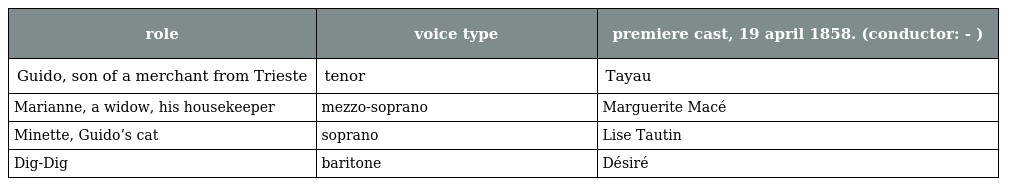
| role | voice type | premiere cast, 19 april 1858. (conductor: - ) |
 | --- | --- | --- |
 | Guido, son of a merchant from Trieste | tenor | Tayau |
 | Marianne, a widow, his housekeeper | mezzo-soprano | Marguerite Macé |
 | Minette, Guido’s cat | soprano | Lise Tautin |
 | Dig-Dig | baritone | Désiré |